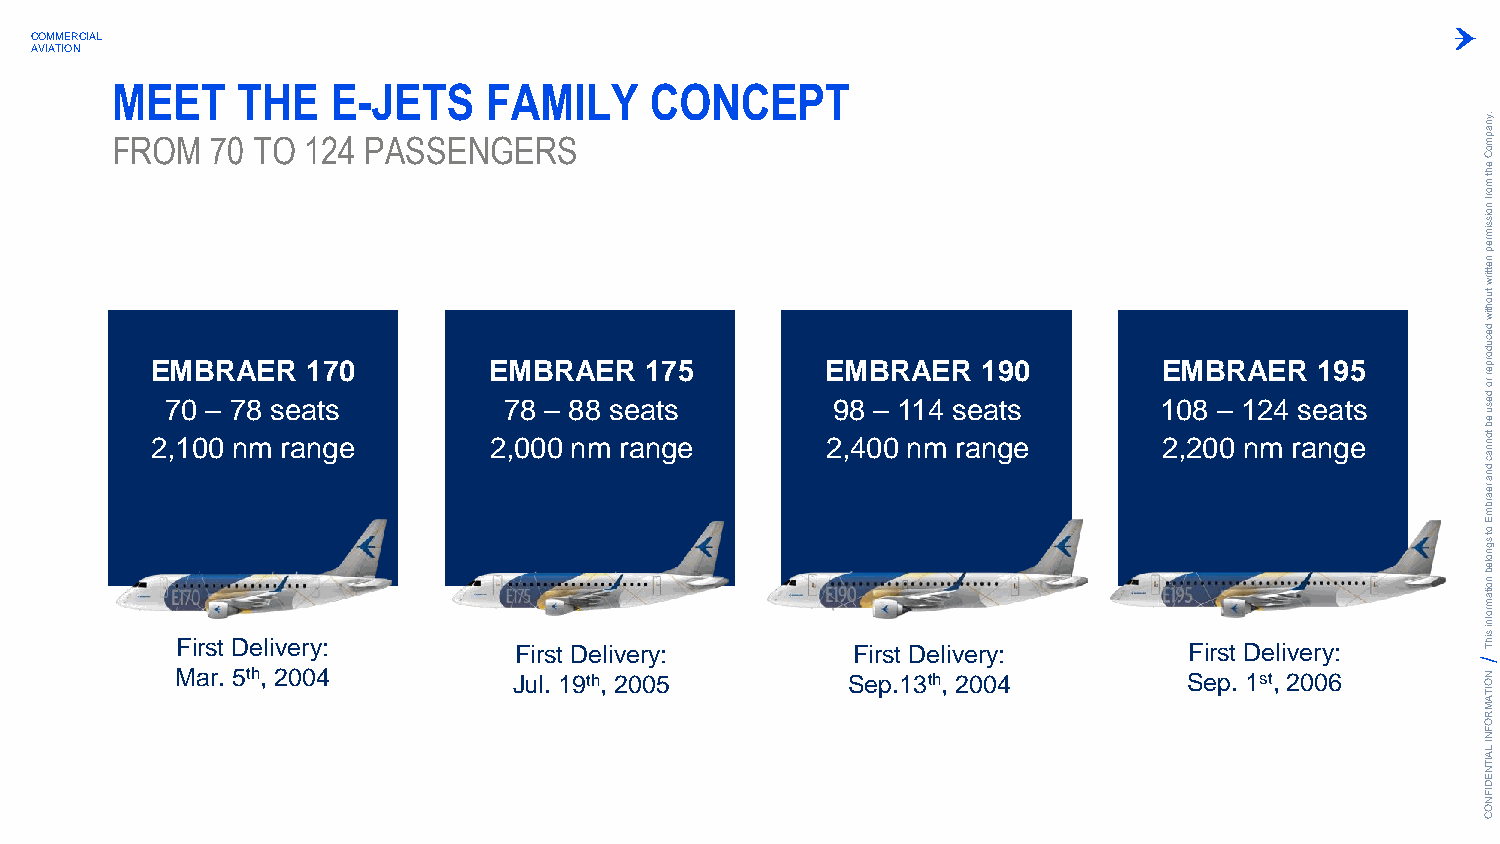
COMMERCIAL
 AVIATION
 MEET     THE   E-JETS    FAMILY     CONCEPT
 FROM   70 TO 124 PASSENGERS
 .ynapm
 oC
 eht
 m
 orf
 noissim
 rep
 nettirw
 tuohtiw
 E
 27
 ,M
 10
 0B
 –
 0R
 7
 nA
 8
 mE
 s
 R
 re
 a
 a
 n1
 t
 g7
 s
 e0        E
 27
 ,M
 08
 0B
 –
 0R
 8
 nA
 8
 mE
 s
 R
 re
 a
 a
 n1
 t
 g7
 s
 e5        E
 29
 ,M
 8
 4
 0B
 –
 0R
 1
 n1A m4E R
 s rae
 n1
 a
 g9
 ts
 e0        1E
 20
 ,M
 28
 0B
 –
 0R
 1
 nA
 2
 mE
 4
 R
 rs
 a
 e
 n1
 a
 g9
 t
 e5
 s
 decudorper
 ro
 desu
 eb
 tonnac
 dna
 rearbm
 E
 ot
 sgnoleb
 noitam
 First Delivery:       First Delivery:       First Delivery:        First Delivery:
 rofni
 sihT
 Mar. 5th, 2004        Jul. 19th, 2005       Sep.13th, 2004         Sep. 1st, 2006     N O
 ITA
 M
 R
 O
 F
 N
 I LA
 IT
 N
 E
 D
 IF
 N
 O
 C